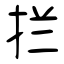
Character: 拦